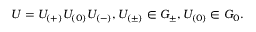
U = U _ { ( + ) } U _ { ( 0 ) } U _ { ( - ) } , U _ { ( \pm ) } \in G _ { \pm } , U _ { ( 0 ) } \in G _ { 0 } .